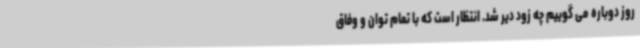
روز دوباره می گوییم چه زود دیر شد. انتظار است که با تمام توان و وفاق